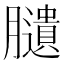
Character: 䑊